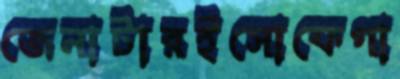
জেনাটারইসোফেগা